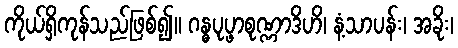
ကိုယ်ရှိကုန်သည်ဖြစ်၍။ ဂန္ဓပုပ္ဖာစုဏ္ဏာဒိဟိ၊ နံ့သာပန်း၊ အခိုး၊